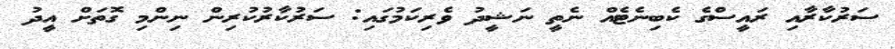
ސަރުކާރާއި ރައީސްގެ ކެބިނެޓެއް ނެތީ ނަޝީދު ވެރިކަމުގައި: ސަރުކާރުކުރިން ނިންމި ގޮތަށް އީދު